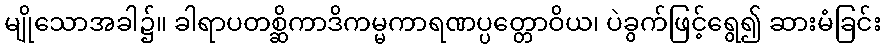
မျိုသောအခါ၌။ ခါရာပတစ္ဆိကာဒိကမ္မကာရဏပ္ပတ္တောဝိယ၊ ပဲခွက်ဖြင့်ရွေ၍ ဆားမံခြင်း